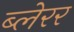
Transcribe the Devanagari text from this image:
ब्लेरर